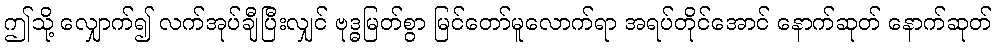
ဤသို့ လျှောက်၍ လက်အုပ်ချီပြီးလျှင် ဗုဒ္ဓမြတ်စွာ မြင်တော်မူလောက်ရာ အရပ်တိုင်အောင် နောက်ဆုတ် နောက်ဆုတ်